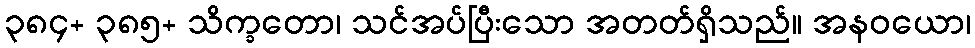
၃၈၄+ ၃၈၅+ သိက္ခတော၊ သင်အပ်ပြီးသော အတတ်ရှိသည်။ အနဝယော၊